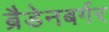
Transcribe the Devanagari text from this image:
ब्रैडेनबर्गर